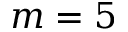
m = 5